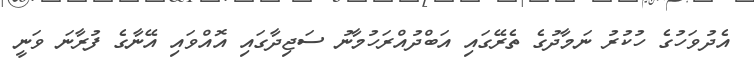
އެދުވަހުގެ ހުކުރު ނަމާދުގެ ތެރޭގައި އަބްދުއްރަހުމާނު ސަޖިދާގައި އޮއްވައި އޭނާގެ ފުރާނަ ވަނީ